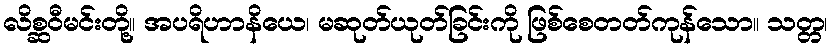
လိစ္ဆဝီမင်းတို့။ အပရိဟာနိယေ၊ မဆုတ်ယုတ်ခြင်းကို ဖြစ်စေတတ်ကုန်သော။ သတ္တ၊